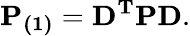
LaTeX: \mathbf{P_{(1)}}=\mathbf{D^{T}PD}.